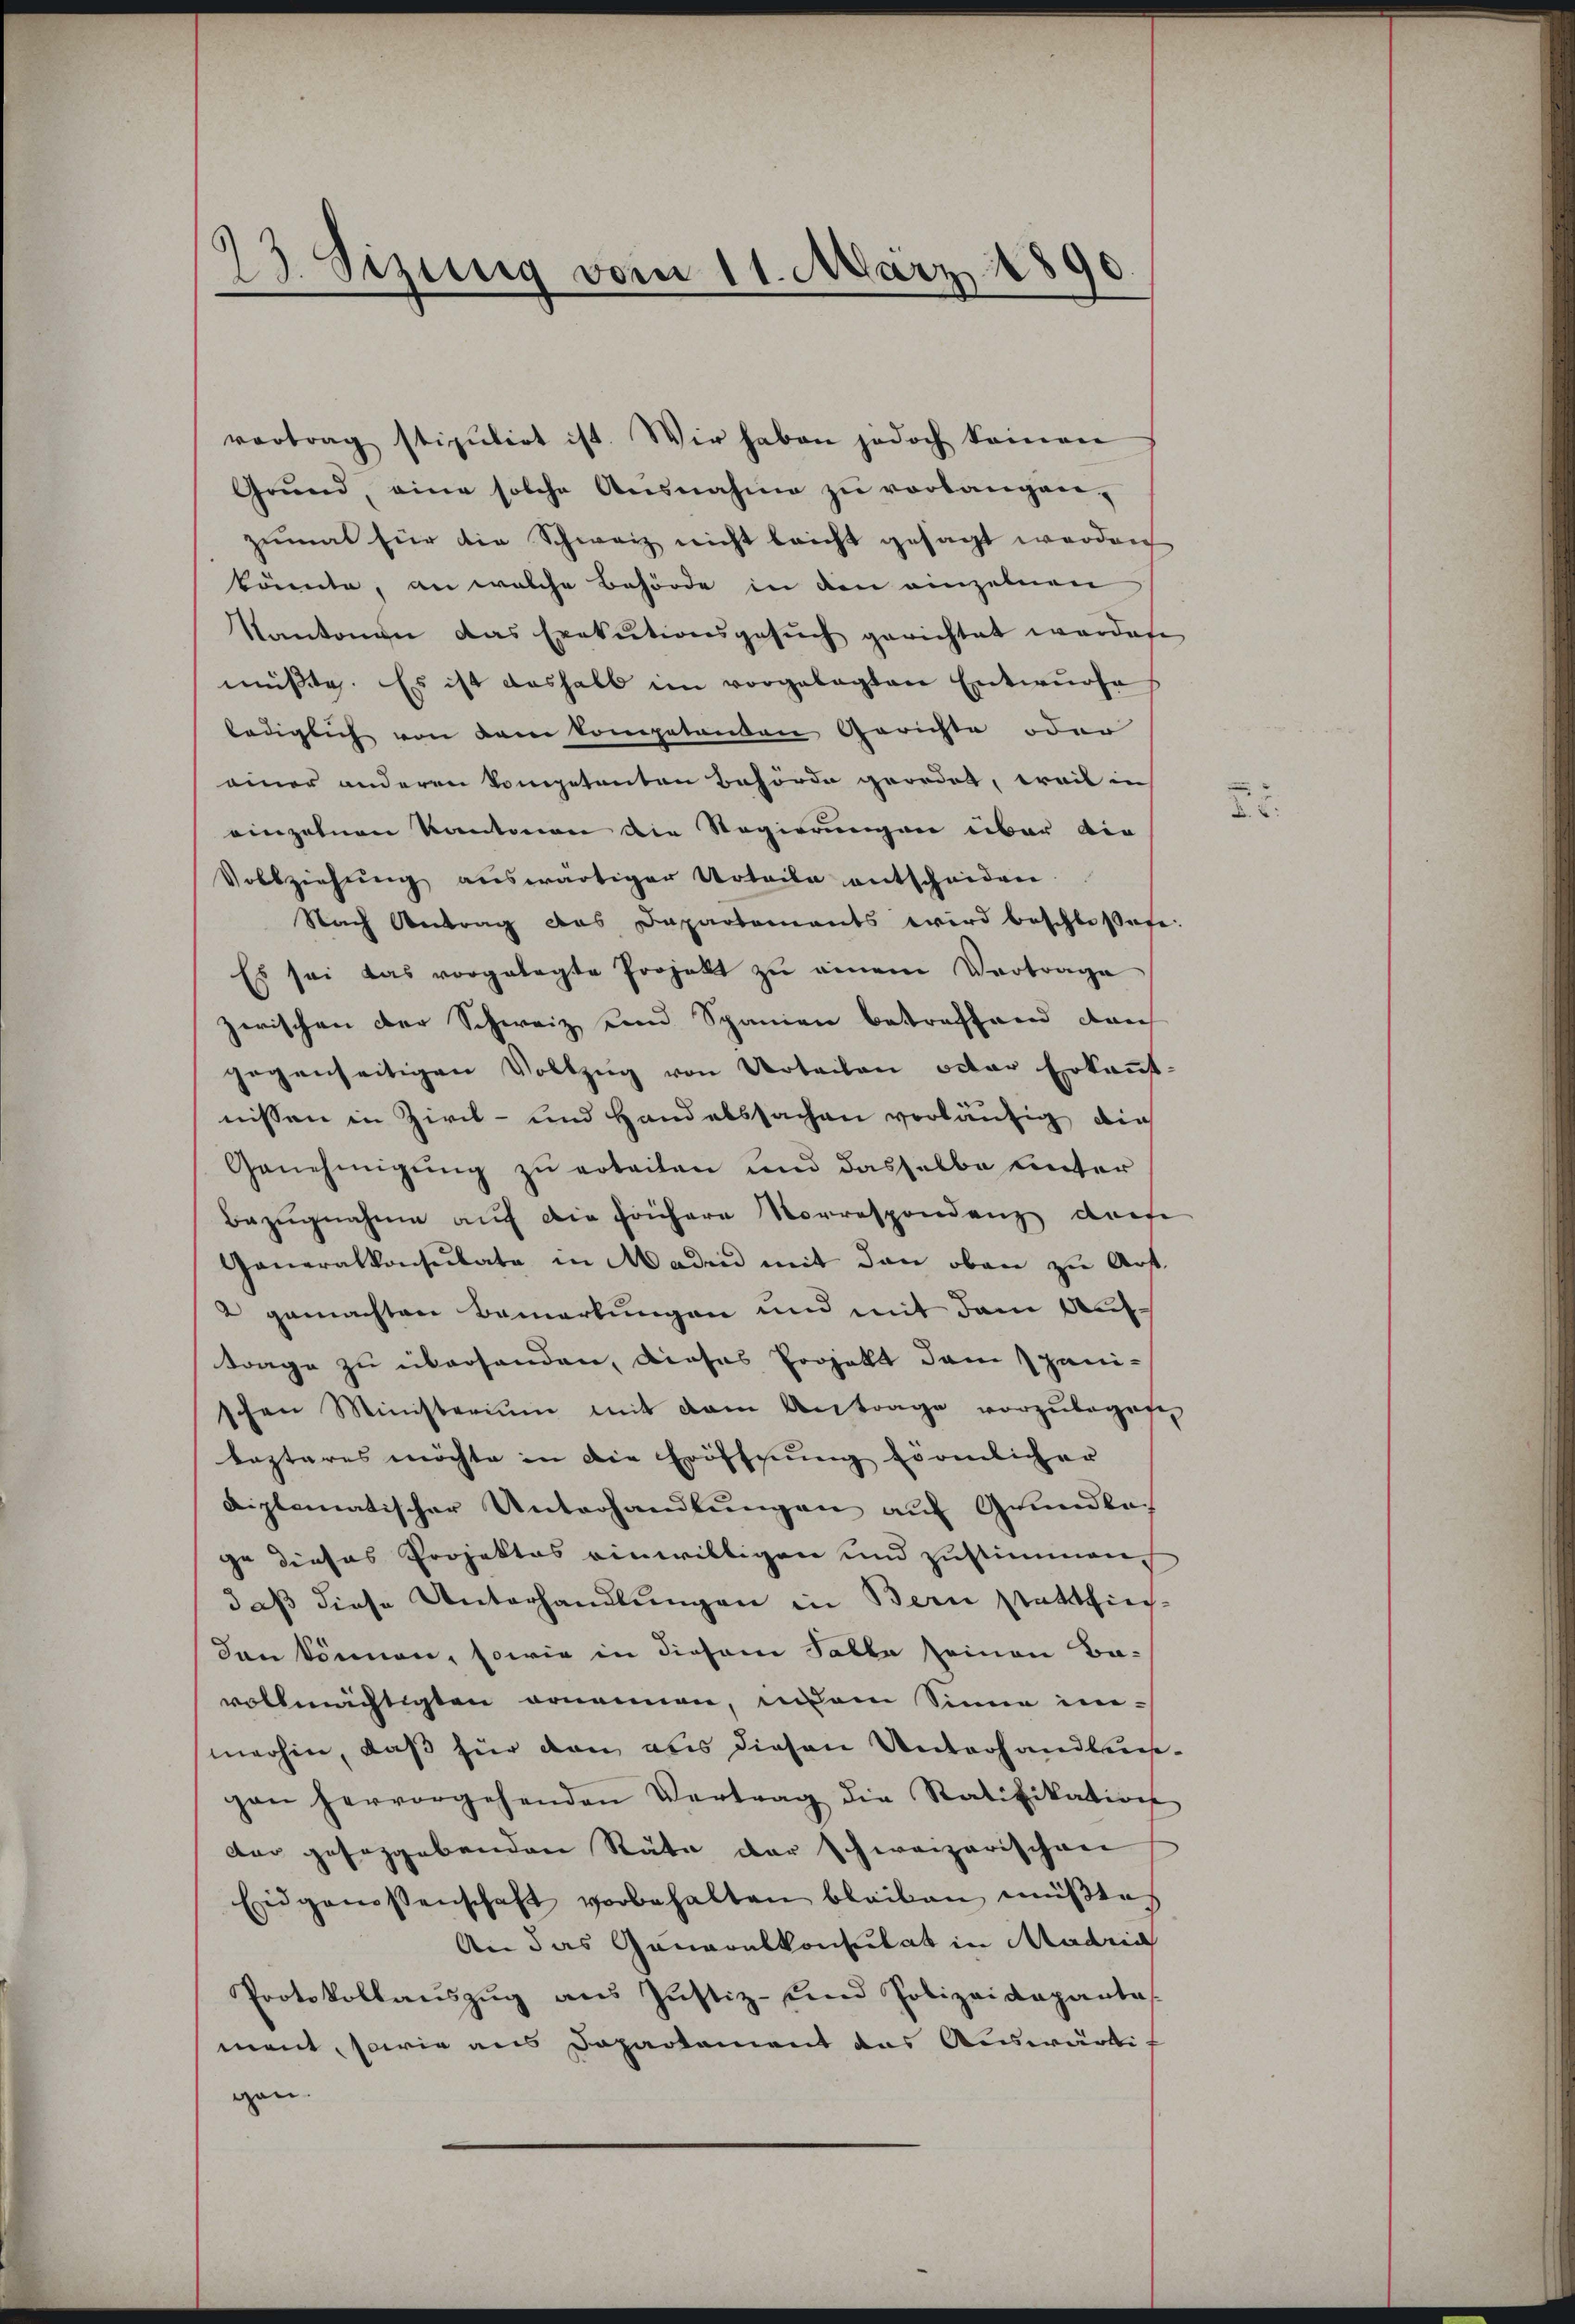
23. Sizung vom 11. März 1890

vortrag stipulirt ist. Wir haben jedoch keinen
Grŭnd, eine solche Ausnahme zŭ verlangen-
zumal für die Schweiz nicht leicht gesagt werden
könnte, an welche Behörde in den einzelnen
Kantonen das Exekutionsgesŭch gerichtet werden
müßte. Es ist deshalb im vorgelegten Entwurfe
lediglich von dem kompetenten Gerichte oder
einer anderen kompetenten Behörde geordet, weil in
einzelnen Kantonen die Regierungen über die
Vollziehung auswärtiger Urteile entscheiden.
Nach Antrag das Dapartements wird beschlossese
Es sei das vorgelegte Projekt zŭ einem Vertrage
zwischen der Schweiz und Spanien betreffend dan
gegenseitigen Vollzŭg von Urteilen octor Erkannt-
nissen in Zirck- und Handelssachen verläufig die
Genehmigŭng zu erteilen und dasselbe unter
Bezŭgnahme aŭf die frühere Vorrespondenz diese
Generalkonsulate in Maden mit den oben zu Art.
2 gemachten Bemerkungen und mit dem Auftrage zu überhanden, dieses Projekt dem Spanischen Ministeriŭm mit dem Antrage vorzŭlegese
lezteres möchte in die Eröffnung förmlicher
diplomatischer Unterhandlŭngen auf Grundla
ge dieses Projektes einwilligen und zustimmen,
daß diese Unterhandlungen in Bern statthiechden können, sowie in diesem Falle seinen Ba-
vollmächtigten ornennen, in dem Sinne immerhin, daß für den aus diesen Unterhandleisgen hervorgehenden Vertrag die Ratifikation
dar geseggebenden Räte der schweizerischen
Eidgenossenschaft vorbehalten bleiben müβte
An das Generalkonsulat in Madria
Protokollaŭszŭg aŭs Justiz- und Polizeidepantas
ment, sowie aus Departement das Auswärti
gen.